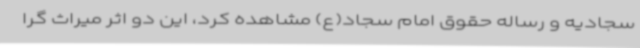
سجادیه و رساله حقوق امام سجاد(ع) مشاهده کرد، این دو اثر میراث گرا